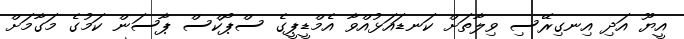
އީޔޫ އަދި އިނގިރޭސި ވިލާތަށް ކަނޑައަޅުއްވާ އެމްޑީޕީގެ ސްޕޯކްސް ޕާސަން ކަމުގެ މަގާމަށް